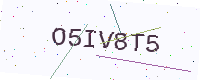
Text: O5IV8T5